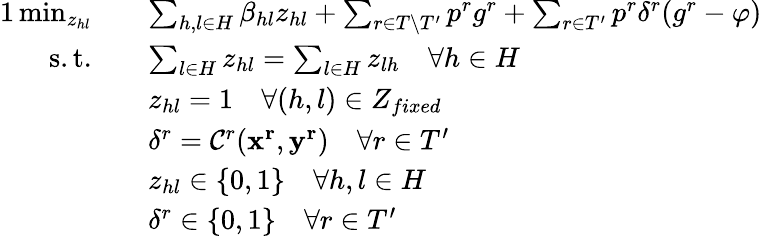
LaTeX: \begin{array}{rl}{{1}\operatorname*{min}_{z_{hl}}\quad}&{\sum_{h,l\in H}\beta_{hl}z_{hl}+\sum_{r\in T\setminus T^{\prime}}p^{r}g^{r}+\sum_{r\in T^{\prime}}p^{r}\delta^{r}(g^{r}-\varphi)}\\ {\mathrm{s.t.}\quad}&{\sum_{l\in H}z_{hl}=\sum_{l\in H}z_{lh}\quad\forall h\in H}\\ &{z_{hl}=1\quad\forall(h,l)\in Z_{fixed}}\\ &{\delta^{r}={\cal C}^{r}(\mathbf{x^{r}},\mathbf{y^{r}})\quad\forall r\in T^{\prime}}\\ &{z_{hl}\in\{ 0,1\} \quad\forall h,l\in H}\\ &{\delta^{r}\in\{ 0,1\} \quad\forall r\in T^{\prime}}\end{array}